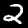
Digit: 2